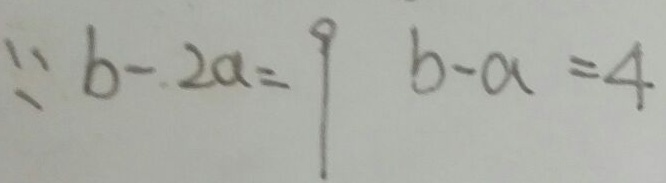
\because b - 2 a = 9 b - a = 4